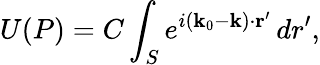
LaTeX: U(P)=C\int_{S}e^{i(\mathbf{k}_{0}-\mathbf{k})\cdot\mathbf{r}^{\prime}}\, dr^{\prime},